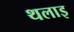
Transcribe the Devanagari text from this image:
थलाइ